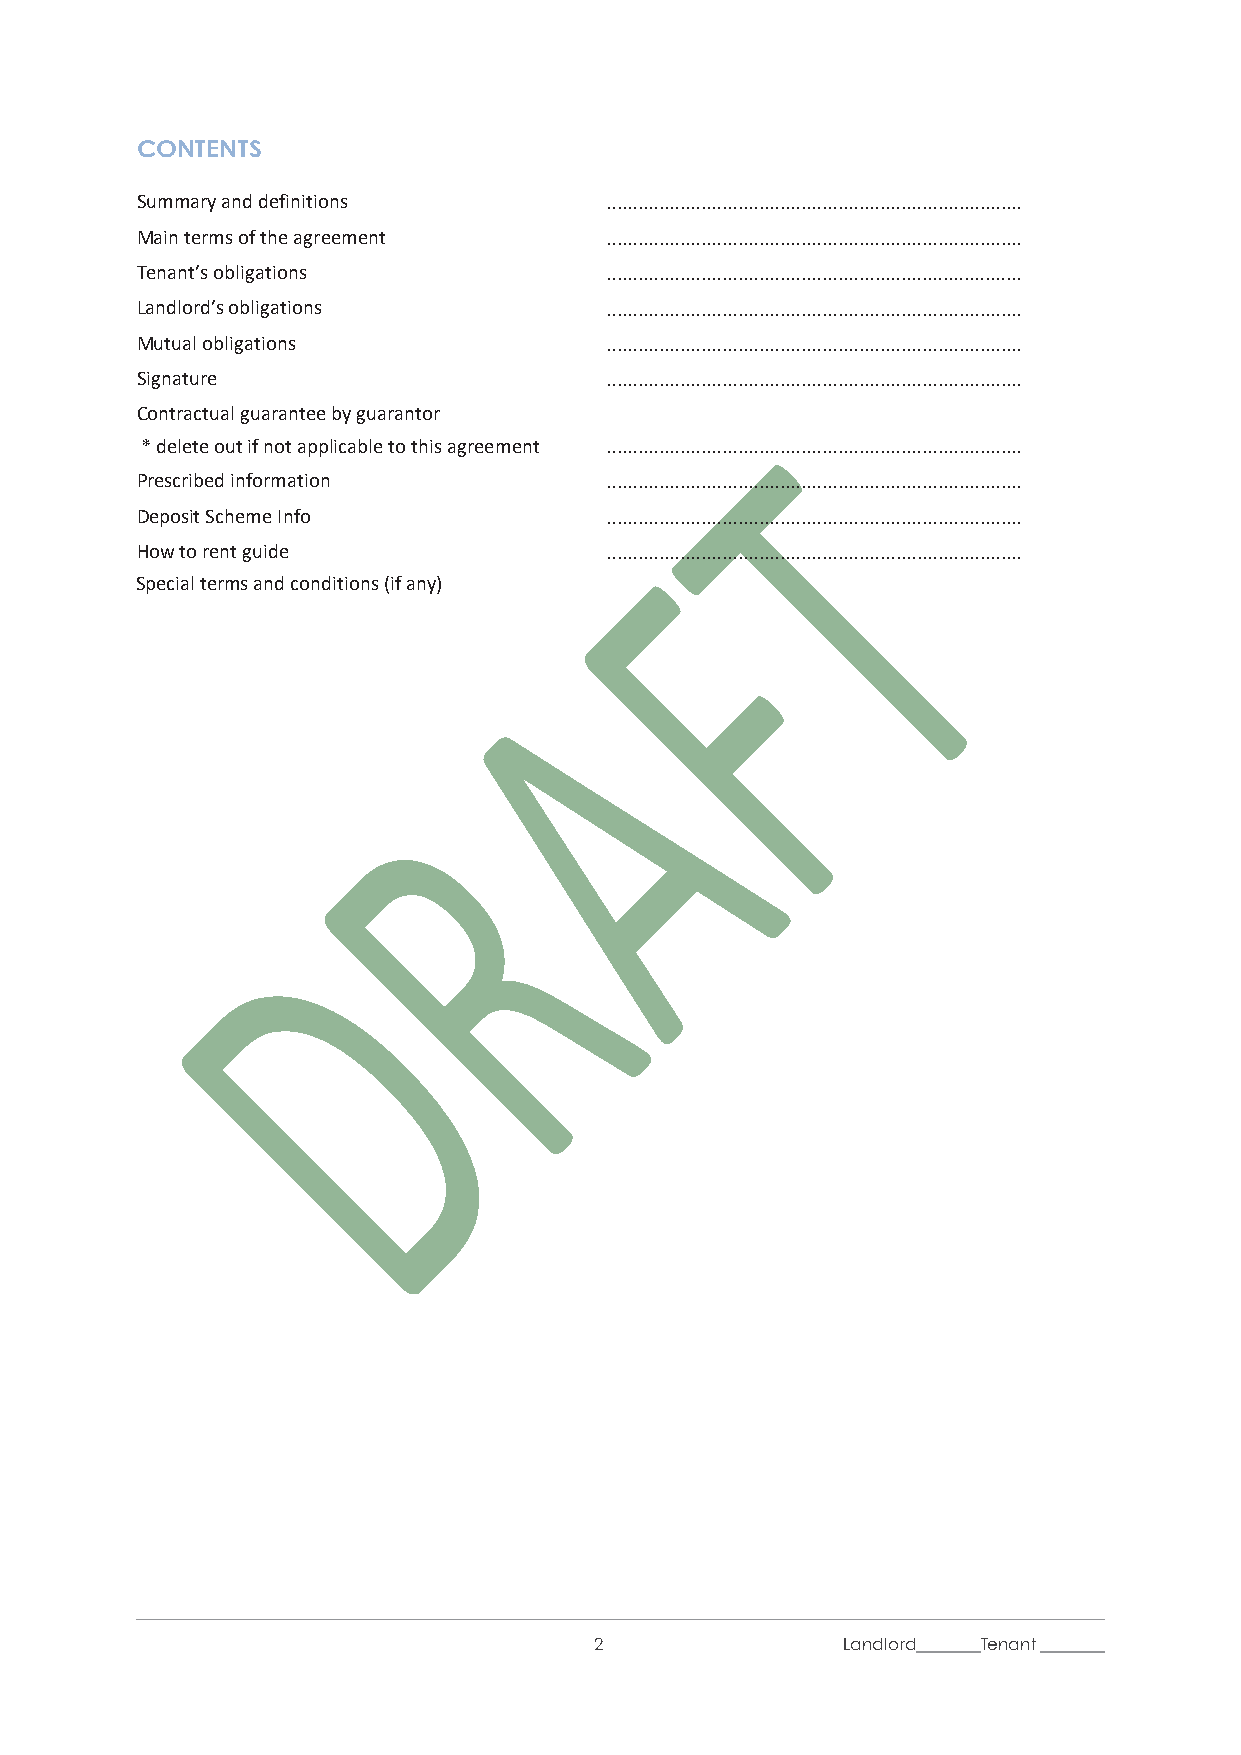
CONTENTS
 Summary and definitions        ...............................................................................
 Main terms of the agreement    ...............................................................................
 Tenant’s obligations           ...............................................................................
 Landlord’s obligations         ...............................................................................
 Mutual obligations             ...............................................................................
 Signature                      ...............................................................................
 Contractual guarantee by guarantor
 * delete out if not applicable to this agreement ...............................................................................
 Prescribed information         ...............................................................................
 Deposit Scheme Info            ...............................................................................
 How to rent guide              ...............................................................................
 Special terms and conditions (if any)
 2                Landlord Tenant
 /l1i/    /t1i/